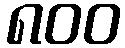
၈၀၀